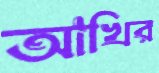
আখির